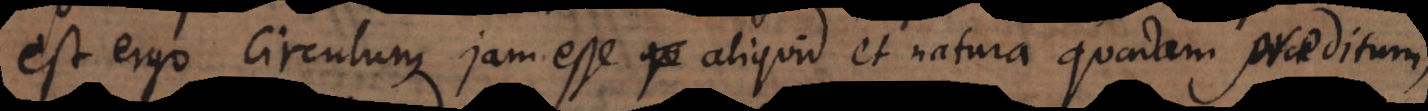
est ergo Circulum jam esse aliquid et natura quadam praeditum,